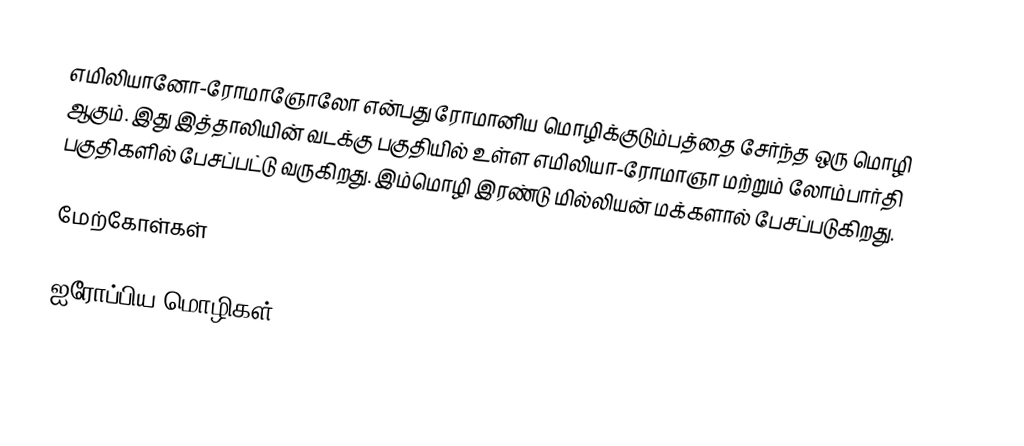
எமிலியானோ-ரோமாஞோலோ என்பது ரோமானிய மொழிக்குடும்பத்தை சேர்ந்த ஒரு மொழி ஆகும். இது இத்தாலியின் வடக்கு பகுதியில் உள்ள எமிலியா-ரோமாஞா மற்றும் லோம்பார்தி பகுதிகளில் பேசப்பட்டு வருகிறது. இம்மொழி இரண்டு மில்லியன் மக்களால் பேசப்படுகிறது.

மேற்கோள்கள்

ஐரோப்பிய மொழிகள்